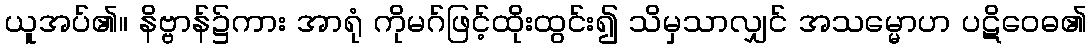
ယူအပ်၏။ နိဗ္ဗာန်၌ကား အာရုံ ကိုမဂ်ဖြင့်ထိုးထွင်း၍ သိမှသာလျှင် အသမ္မောဟ ပဋိဝေဓ၏